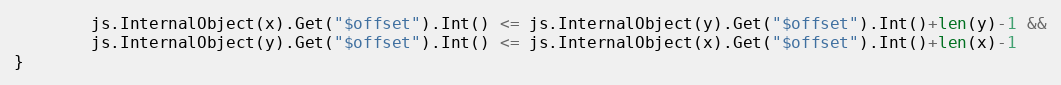
Language: Go
		js.InternalObject(x).Get("$offset").Int() <= js.InternalObject(y).Get("$offset").Int()+len(y)-1 &&
		js.InternalObject(y).Get("$offset").Int() <= js.InternalObject(x).Get("$offset").Int()+len(x)-1
}